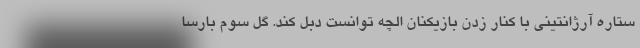
ستاره آرژانتینی با کنار زدن بازیکنان الچه توانست دبل کند. گل سوم بارسا